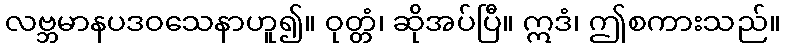
လဗ္ဘမာနပဒဝသေနာဟူ၍။ ဝုတ္တံ၊ ဆိုအပ်ပြီ။ ဣဒံ၊ ဤစကားသည်။